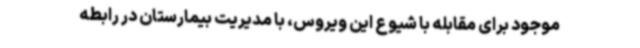
موجود برای مقابله با شیوع این ویروس، با مدیریت بیمارستان در رابطه